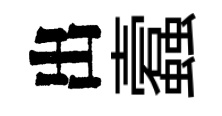
出蠧